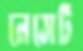
নেসেট